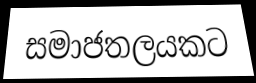
සමාජතලයකට